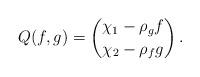
LaTeX: \begin{align*} Q(f,g) = \binom{\chi_1 - \rho_g f}{\chi_2 - \rho_f g}\,.\end{align*}